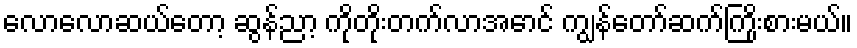
လောလောဆယ်တော့ ဆွန်ညာ့ ကိုတိုးတက်လာအောင် ကျွန်တော်ဆက်ကြိုးစားမယ်။